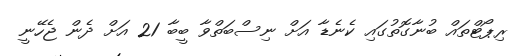
ރިޕޯޓްތައް ބުނާގޮތުގައި ކެނެޑާ އަށް ނިސްބަތްވާ ބީބާ 21 އަށް ދެން ޖެހޭނީ